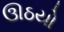
ઊઠયો